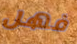
فهل